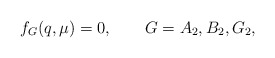
\begin{align*} f_{G}(q,\mu) =0,\qquad G=A_2,B_2,G_2,\end{align*}